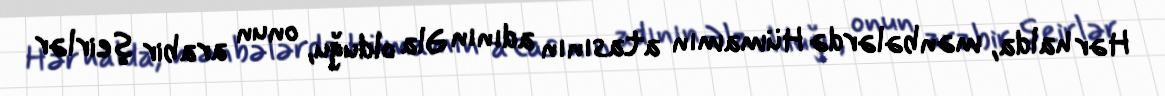
Hər halda, mənbələrdə Hümamın atasının adının Əla olduğu, onun arabir şeirlər